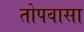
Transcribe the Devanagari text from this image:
तोपवासा